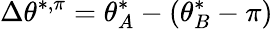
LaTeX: \Delta\theta^{*,\pi}=\theta_{A}^{*}-(\theta_{B}^{*}-\pi)